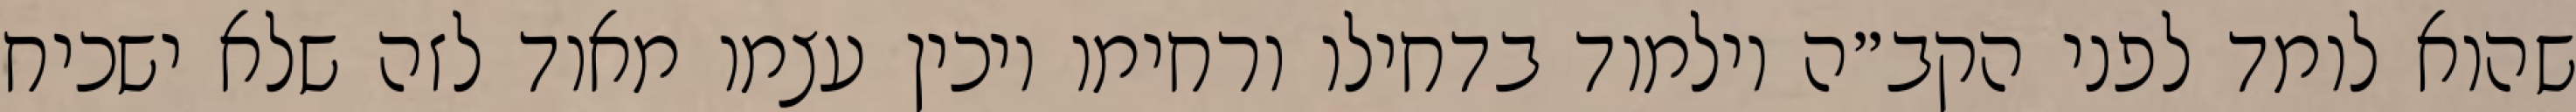
שהוא לומד לפני הקב״ה וילמוד בדחילו ורחימו ויכין עצמו מאוד לזה שלא ישכיח